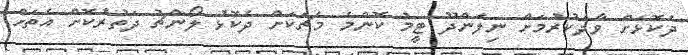
ދެކޮޅަށް ވާދަކުރުމަށް ނިލަންދޫ ޓީމު ކޮންމެ މެޗަކަށް ދެކޮޅު ލޯންޗު ދަތުރުކޮށް އެތަށް